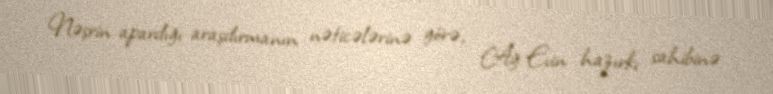
Nəşrin apardığı araşdırmanın nəticələrinə görə, Ağ Evin hazırkı sahibinə